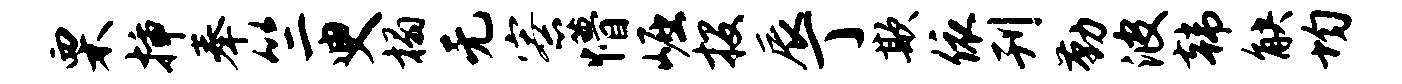
栗插奉竺臾榻无寮懵崛投辰丁欺依刊勤波韩觖均